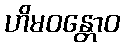
ဟိမဝန္တောဝ